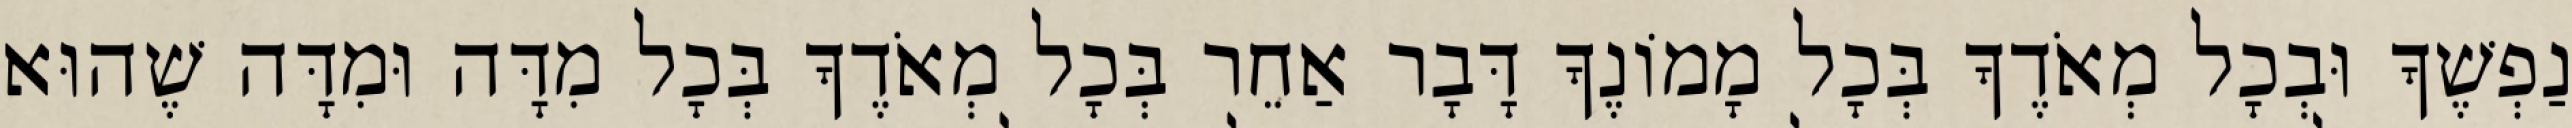
נַפְשֶׁךָ וּבְכָל מְאֹדֶךָ בְּכָל מָמוֹנֶךָ דָּבָר אַחֵר בְּכָל מְאֹדֶךָ בְּכָל מִדָּה וּמִדָּה שֶׁהוּא